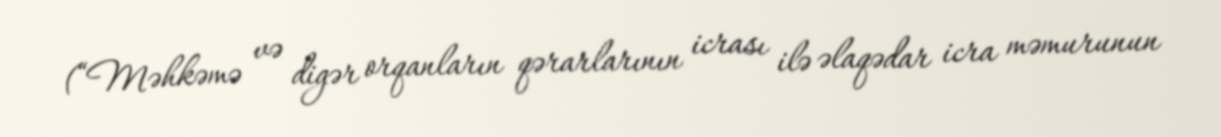
(“Məhkəmə və digər orqanların qərarlarının icrası ilə əlaqədar icra məmurunun